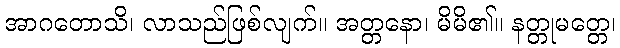
အာဂတောသိ၊ လာသည်ဖြစ်လျက်။ အတ္တနော၊ မိမိ၏။ နတ္တုမတ္တေ၊